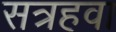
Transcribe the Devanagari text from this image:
सत्रहवा